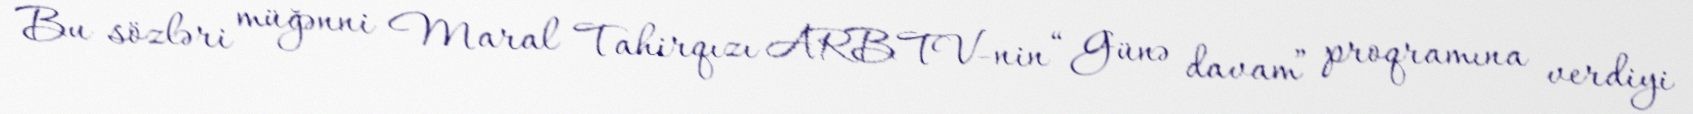
Bu sözləri müğənni Maral Tahirqızı ARB TV-nin “Günə davam” proqramına verdiyi